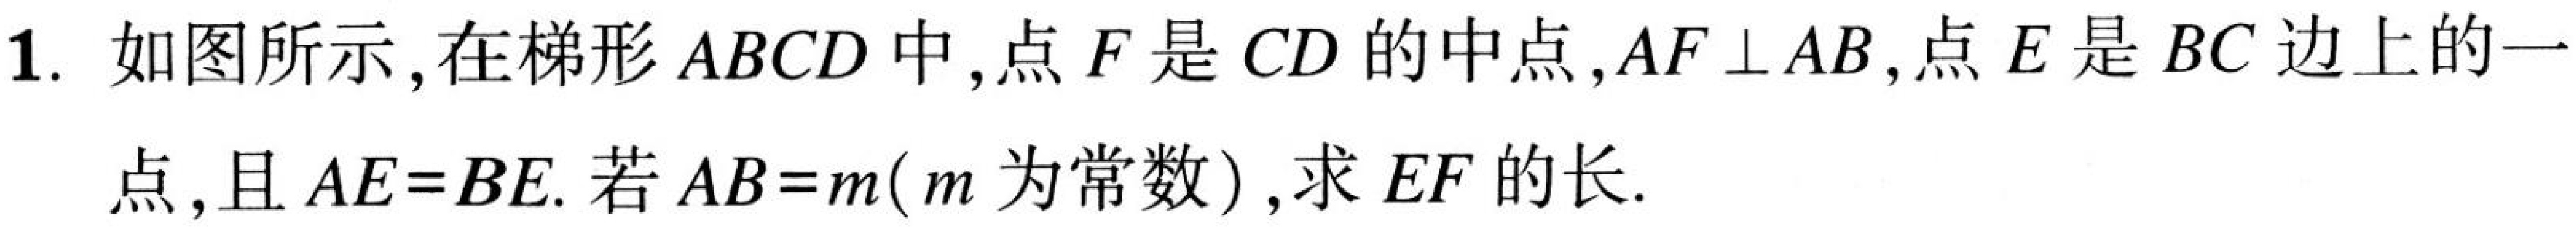
1. 如图所示，在梯形$ABCD$中，点$F$是$CD$的中点，$AF\perp AB$，点$E$是$BC$边上的一
点，且$AE = BE$. 若$AB = m(m$为常数$)$，求$EF$的长.